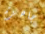
جاهزة